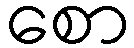
စော